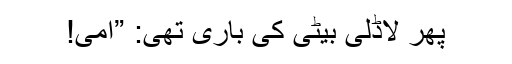
پھر لاڈلی بیٹی کی باری تھی: ”امی!